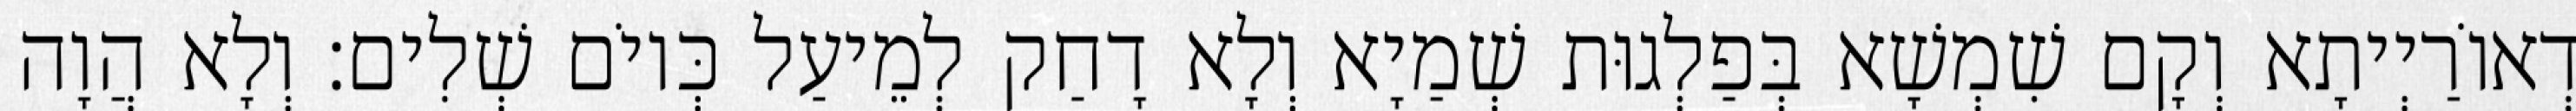
דְאוֹרַיְיתָא וְקָם שִׁמְשָׁא בְּפַלְגוּת שְׁמַיָא וְלָא דָחַק לְמֵיעַל כְּיוֹם שְׁלִים׃ וְלָא הֲוָה